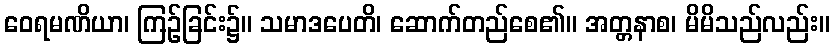
ဝေရမဏိယာ၊ ကြဉ်ခြင်း၌။ သမာဒပေတိ၊ ဆောက်တည်စေ၏။ အတ္တနာစ၊ မိမိသည်လည်း။